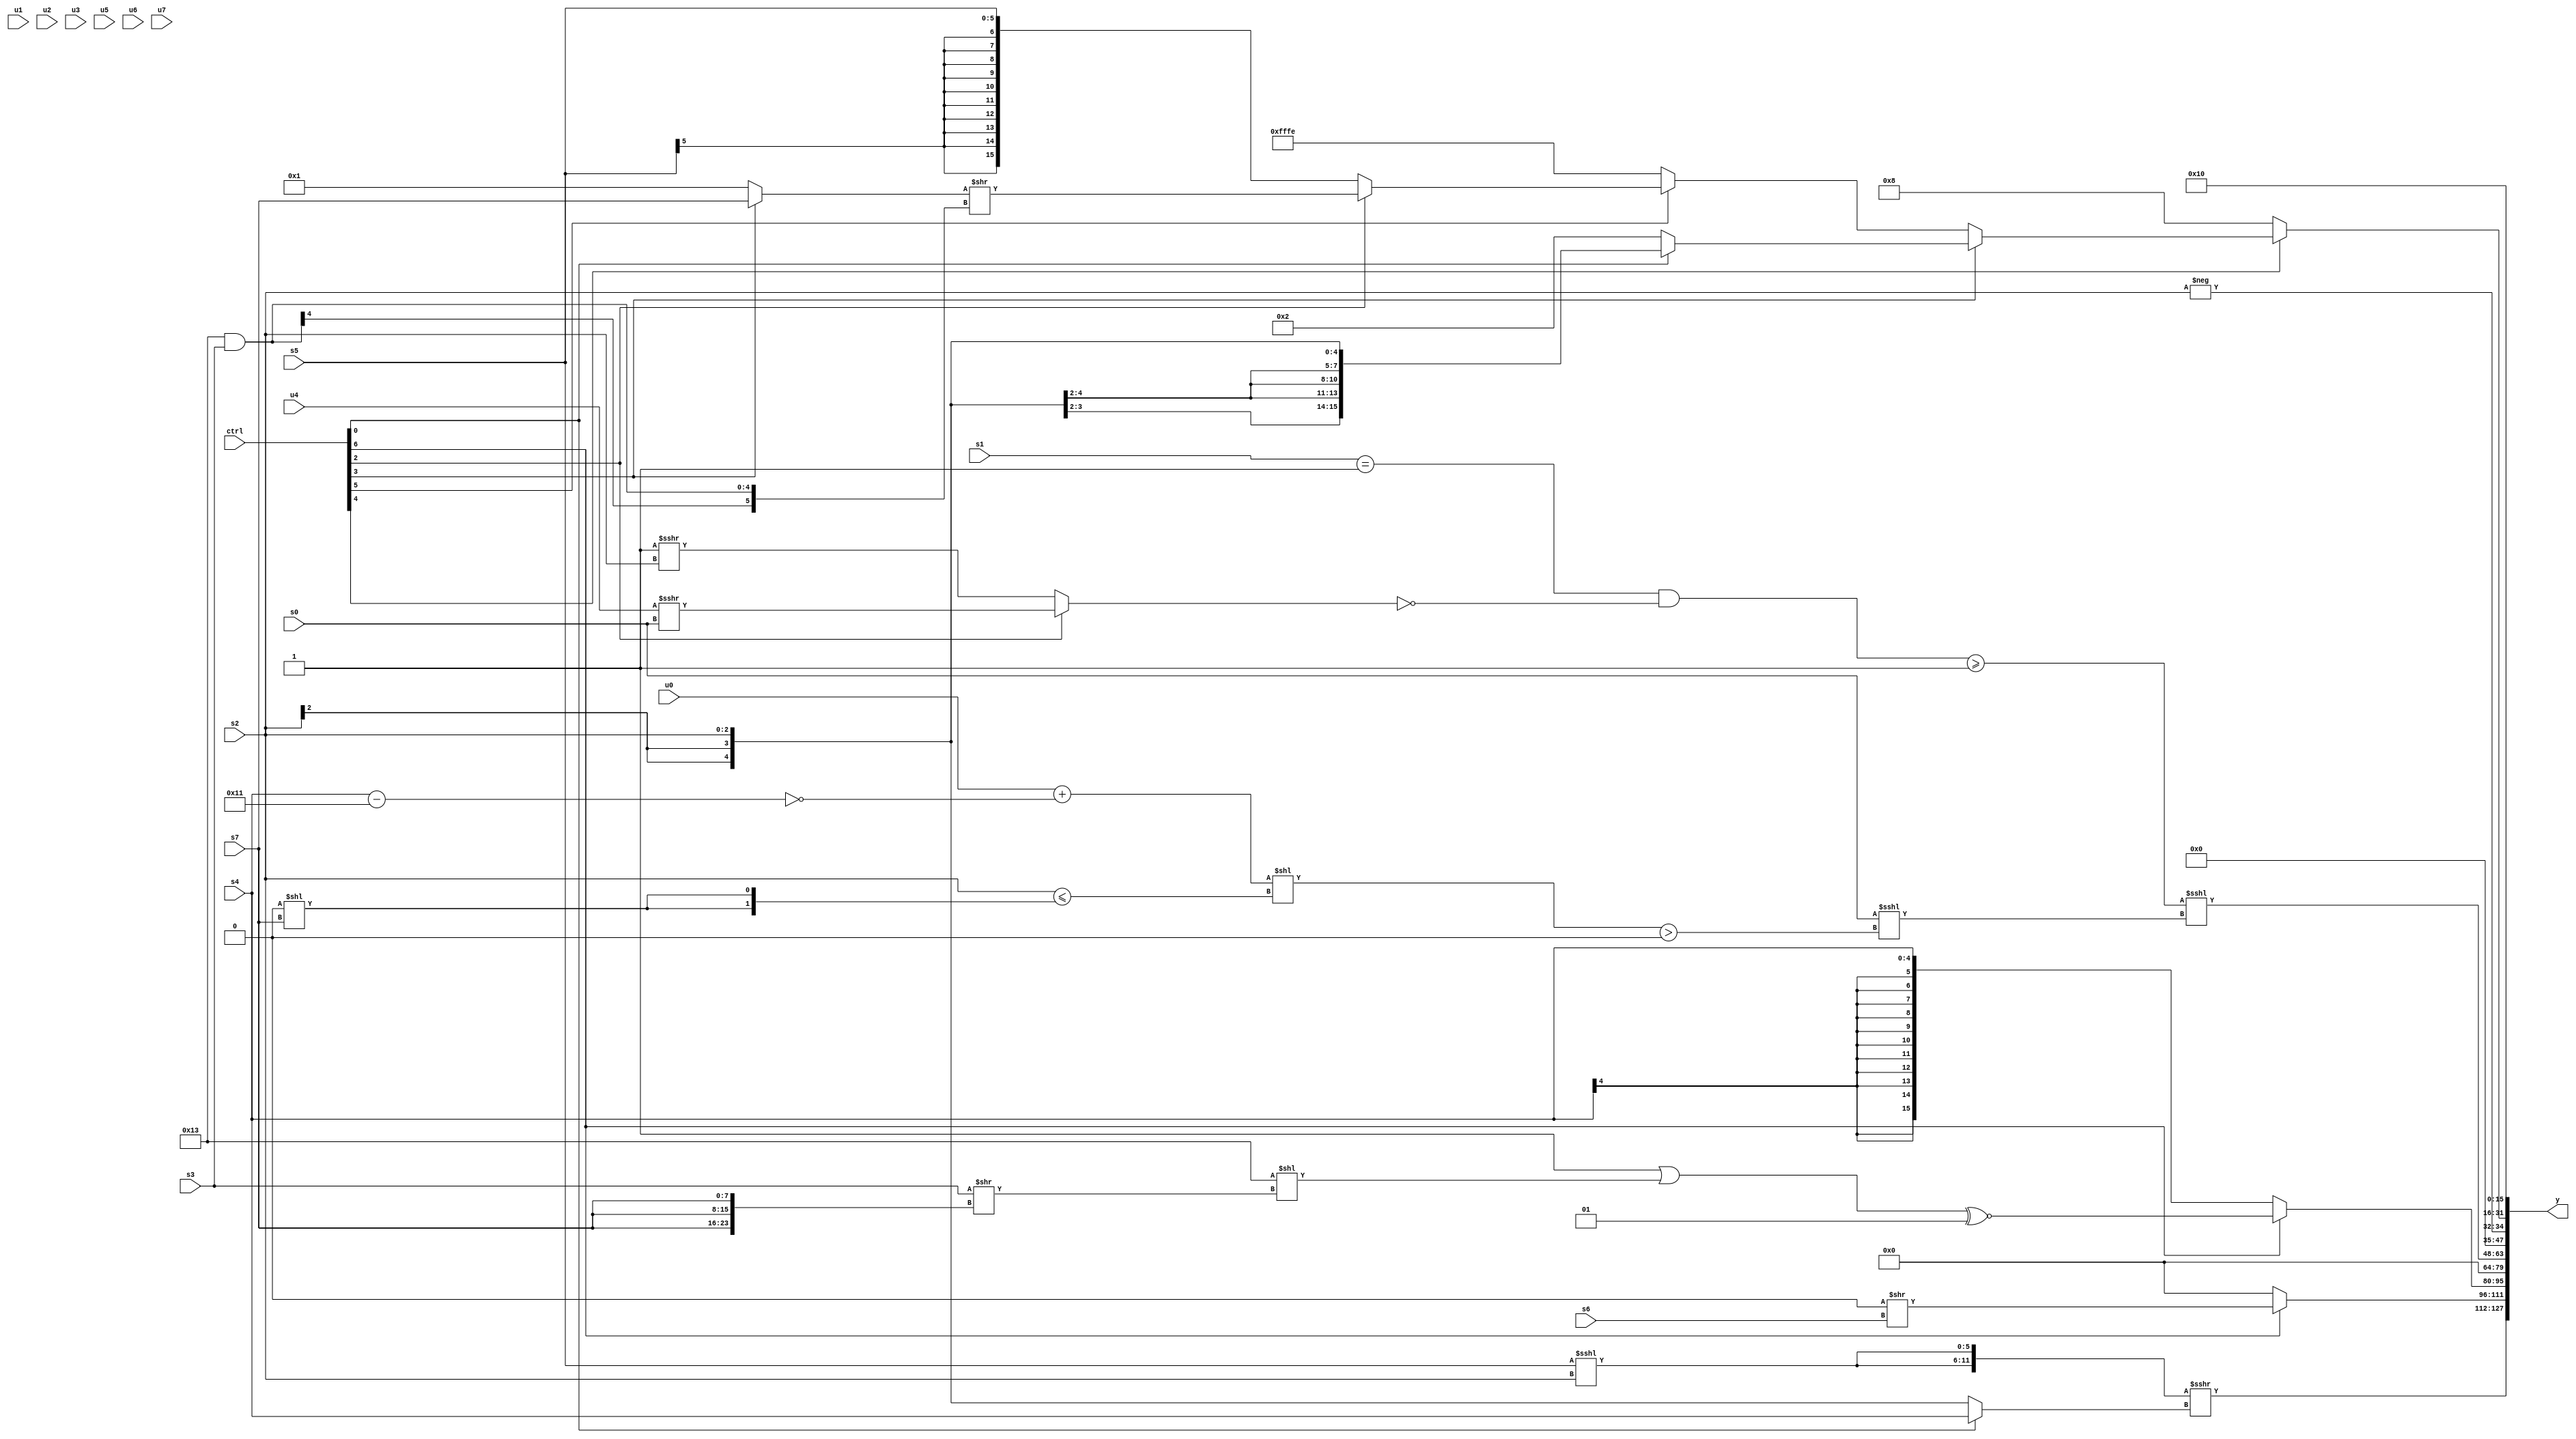
module wideexpr_00934(ctrl, u0, u1, u2, u3, u4, u5, u6, u7, s0, s1, s2, s3, s4, s5, s6, s7, y);
  input [7:0] ctrl;
  input [0:0] u0;
  input [1:0] u1;
  input [2:0] u2;
  input [3:0] u3;
  input [4:0] u4;
  input [5:0] u5;
  input [6:0] u6;
  input [7:0] u7;
  input signed [0:0] s0;
  input signed [1:0] s1;
  input signed [2:0] s2;
  input signed [3:0] s3;
  input signed [4:0] s4;
  input signed [5:0] s5;
  input signed [6:0] s6;
  input signed [7:0] s7;
  output [127:0] y;
  wire [15:0] y0;
  wire [15:0] y1;
  wire [15:0] y2;
  wire [15:0] y3;
  wire [15:0] y4;
  wire [15:0] y5;
  wire [15:0] y6;
  wire [15:0] y7;
  assign y = {y0,y1,y2,y3,y4,y5,y6,y7};
  assign y0 = ({2{(s5)<<<(s2)}})>>>((ctrl[0]?s4:s2));
  assign y1 = (ctrl[6]?($signed(1'sb0))>>(s6):4'sb0000);
  assign y2 = (ctrl[6]?(($signed(-($signed($signed(1'sb1)))))|((6'sb110011)<<((s3)>>($signed({3{s7}})))))^~(4'sb0001):$signed(s4));
  assign y3 = $signed(1'sb0);
  assign y4 = ($signed((((s1)==(2'sb11))&(($signed(((ctrl[5]?(ctrl[3]?3'sb111:1'sb0):$signed(3'sb011)))<<($signed({4{2'sb01}}))))==($signed((ctrl[2]?(u4)>>>(-(s0)):(~&(1'sb0))>>>(s2))))))>=(!(+(~|({$signed((4'sb0110)-(1'sb0))}))))))<<<((s0)<<<((({1{((u0)+(!((s4)-(6'sb110001))))<<<(~|(3'sb101))}})<<((s2)<=({2{{1{((3'sb001)==(1'sb0))<<(+(s7))}}}})))>((s5)>>(4'sb1001))));
  assign y5 = {-(s2)};
  assign y6 = (ctrl[4]?(ctrl[3]?(ctrl[0]?s2:+(((4'sb0010)-(1'sb0))>>(~|(5'sb10110)))):(ctrl[5]?(ctrl[2]?((ctrl[3]?s7:3'sb001))>>((6'sb110011)&(s3)):s5):4'sb1110)):-(4'sb1000));
  assign y7 = (6'sb010000)|(+(5'sb00000));
endmodule